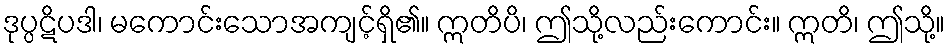
ဒုပ္ပဋိပဒါ၊ မကောင်းသောအကျင့်ရှိ၏။ ဣတိပိ၊ ဤသို့လည်းကောင်း။ ဣတိ၊ ဤသို့။